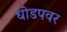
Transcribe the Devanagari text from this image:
धोडपवर